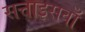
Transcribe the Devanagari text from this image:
सत्ताइसवाँ